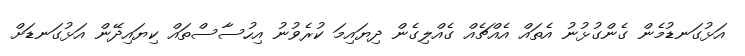
އަޅުގަނޑުމެން ގެންގުޅުނު އެތައް އެއްޗެއް ގެއްލިގެން ދިޔައިމަ ކުރެވުނު އިހުސާސްތައް ކިޔައިދޭން އަޅުގަނޑަށް